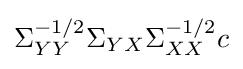
\Sigma _{YY}^{-1/2}\Sigma _{YX}\Sigma _{XX}^{-1/2}c